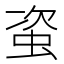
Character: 𧊒